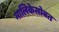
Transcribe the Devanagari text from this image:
मालिकेसोबत